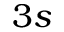
3 s